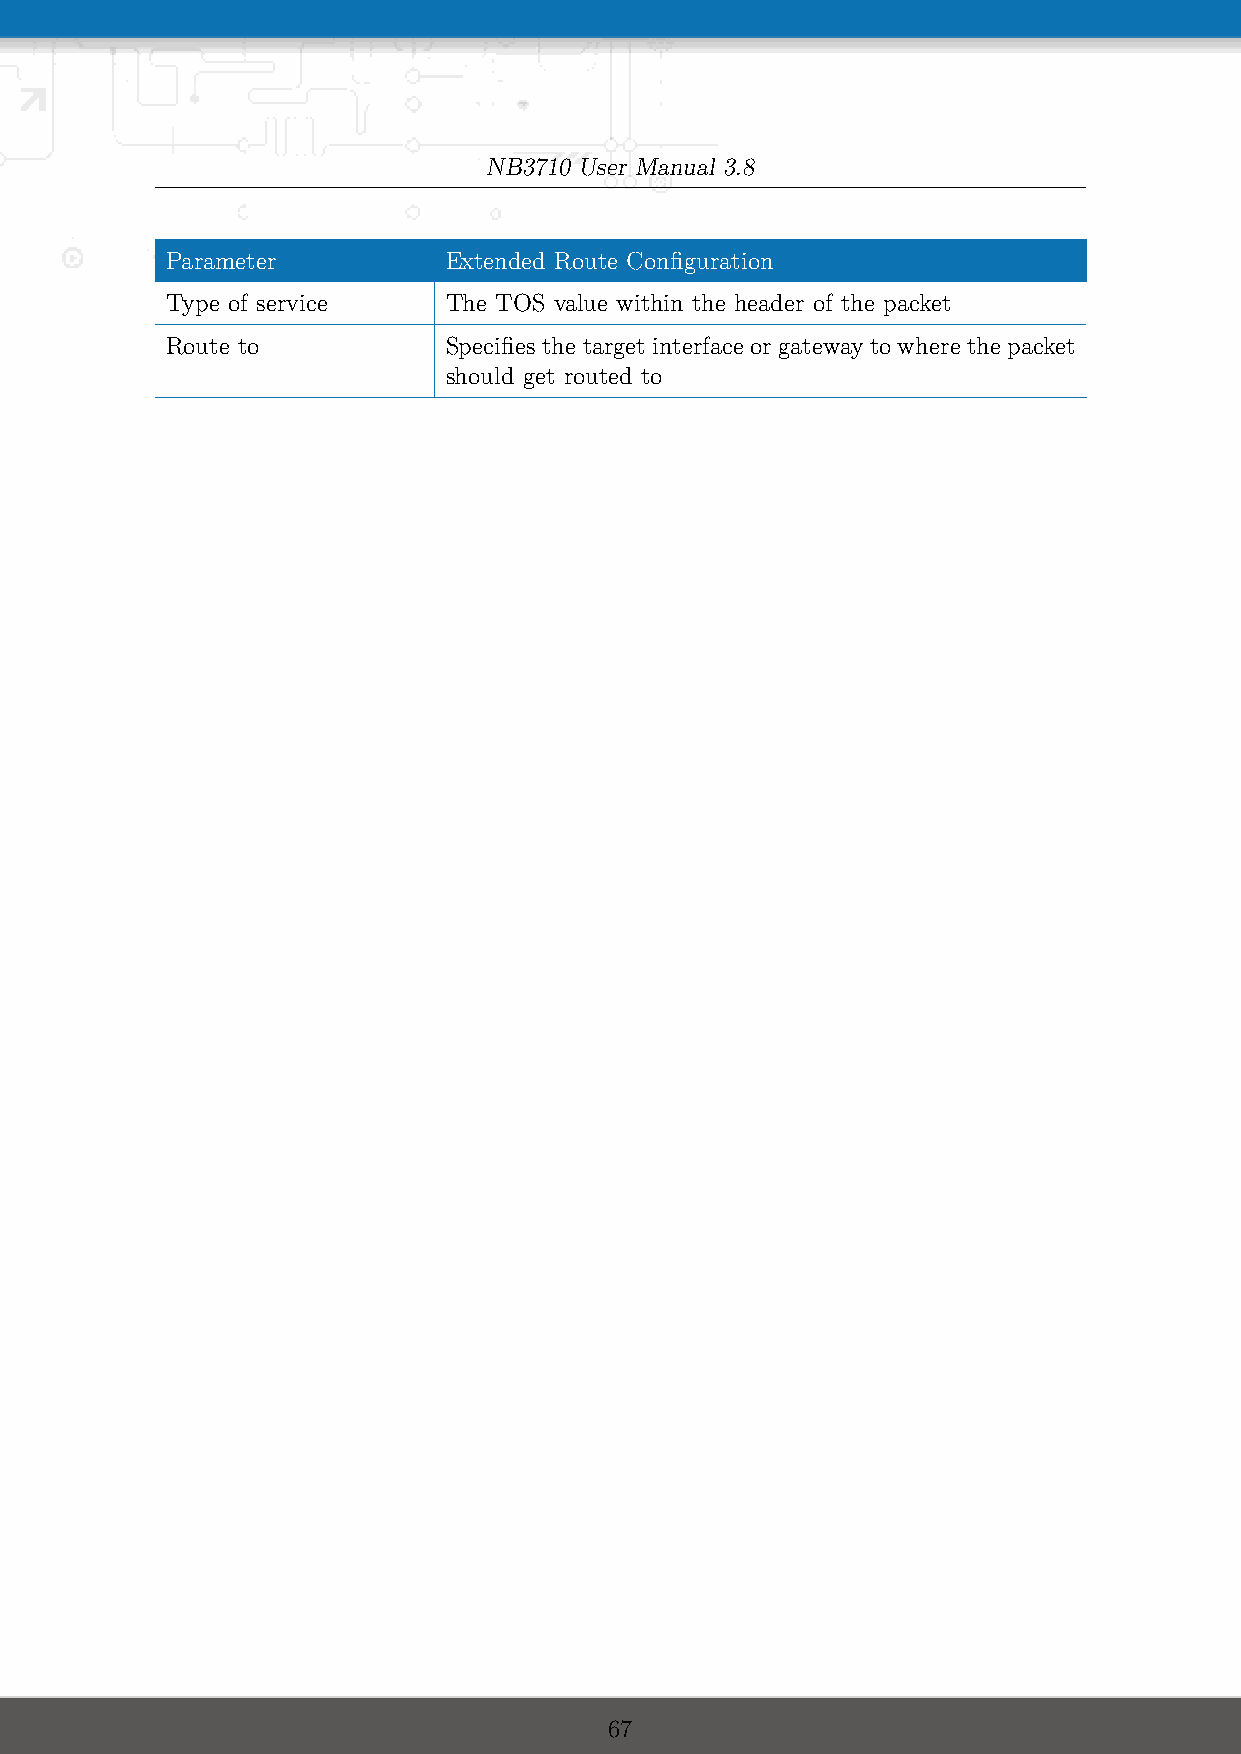
NB3710 User Manual 3.8
 Parameter         Extended Route Configuration
 Type of service   The TOS value within the header of the packet
 Route to          Specifies the target interface or gateway to where the packet
 should get routed to
 67